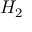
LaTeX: \textstyle H _ { 2 }